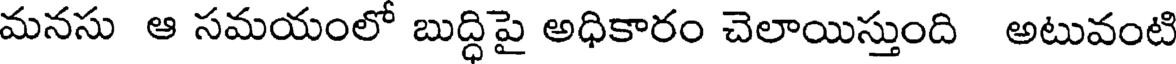
మనసు ఆ సమయంలో బుద్ధిపై అధికారం చెలాయిస్తుంది అటువంటి